Insane asylums in Bengal annual reports 1876-1887 - 1876-1887
Year: 1876
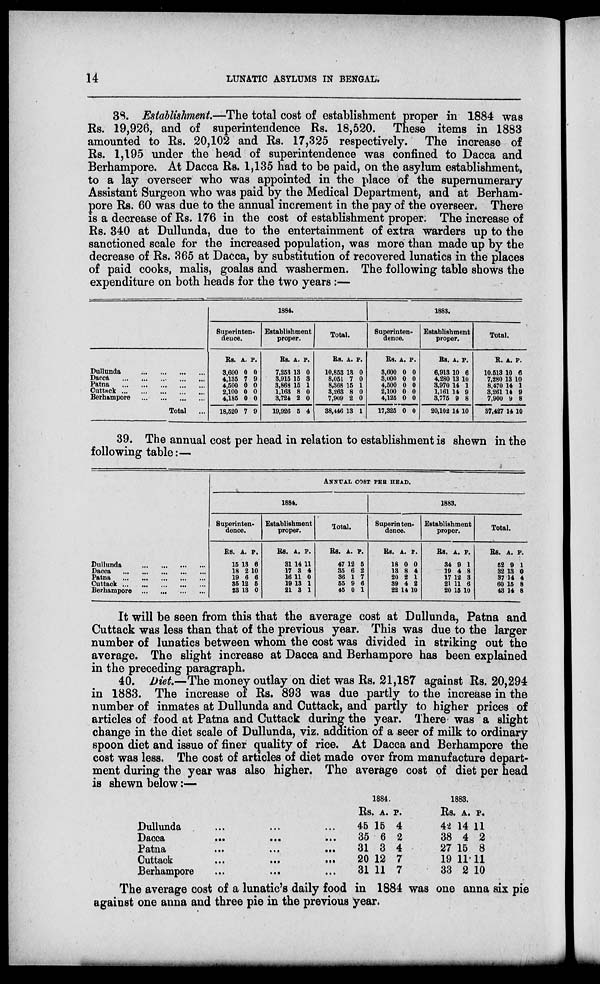
14
LUNATIC ASYLUMS IN BENGAL.
38. Establishment.—The total cost of establishment proper in 1884 was
Rs. 19,926, and of superintendence Rs. 18,520. These items in 1883
amounted to Rs. 20,102 and Rs. 17,325 respectively. The increase of
Rs. 1,195 under the head of superintendence was confined to Dacca and
Berhampore. At Dacca Rs. 1,135 had to be paid, on the asylum establishment,
to a lay overseer who was appointed in the place of the supernumerary
Assistant Surgeon who was paid by the Medical Department, and at Berham-
pore Rs. 60 was due to the annual increment in the pay of the overseer. There
is a decrease of Rs. 176 in the cost of establishment proper. The increase of
Rs. 340 at Dullunda, due to the entertainment of extra warders up to the
sanctioned scale for the increased population, was more than made up by the
decrease of Rs. 365 at Dacca, by substitution of recovered lunatics in the places
of paid cooks, malis, goalas and washermen. The following table shows the
expenditure on both heads for the two years:—
Dullunda
...
...
...
...
Dacca
...
...
...
...
...
Patna
...
...
...
...
...
Cuttack
...
...
...
...
...
Berhampore
...
...
...
...
Total ...
1884.
Superinten-
dence.
Rs.
3,600
4,135
4,500
2,100
4,185
18,520
A.
0
7
0
0
0
7
P.
0
9
0
0
0
9
Establishment
proper.
Rs.
7,253
3,915
3,868
1,163
3,724
19,926
A.
13
15
15
8
2
5
P.
0
3
1
0
0
4
Total.
Rs.
10,853
8,051
8,368
3,263
7,909
38,446
A.
13
7
15
8
2
13
P.
0
0
1
0
0
1
1883.
Superinten-
dence.
Rs.
3,600
3,000
4,500
2,100
4,125
17,325
A.
0
0
0
0
0
0
P.
0
0
0
0
0
0
Establishment
proper.
Rs.
6,913
4,280
3,970
1,161
3,775
20,102
A.
10
13
14
14
9
14
P.
6
10
1
9
8
10
Total.
R.
10,513
7,280
8,470
3,261
7,900
37,427
A.
10
13
14
14
9
14
P.
6
10
1
9
8
10
39. The annual cost per head in relation to establishment is shewn in the
following table:—
Dullunda ... ... ... ...
Dacca ... ... ... ... ...
Patna ... ... ... ... ...
Cuttack ... ... ... ... ...
Berhampore ... ... ... ...
ANNUAL COST PER HEAD.
1884.
Superinten-
dence.
Rs.
15
18
19
35
23
A.
13
2
6
12
13
P.
6
10
6
5
0
Establishment
proper.
Rs.
31
17
16
19
21
A.
14
3
11
13
3
P.
11
4
0
1
1
Total.
Rs.
47
35
36
55
45
A.
12
6
1
9
0
P.
5
2
7
6
1
1883.
Superinten-
dence.
Rs.
18
13
20
39
22
A.
0
8
2
4
14
P.
0
4
1
2
10
Establishment
proper.
Rs.
34
19
17
21
20
A.
9
4
12
11
15
P.
1
8
3
6
10
Total.
Rs.
52
32
37
60
43
A.
9
13
14
15
14
P.
1
0
4
8
8
It will be seen from this that the average cost at Dullunda, Patna and
Cuttack was less than that of the previous year. This was due to the larger
number of lunatics between whom the cost was divided in striking out the
average. The slight increase at Dacca and Berhampore has been explained
in the preceding paragraph.
40. Diet—The money outlay on diet was Rs. 21,187 against Rs. 20,294
in 1883. The increase of Rs. 893 was due partly to the increase in the
number of inmates at Dullunda and Cuttack, and partly to higher prices of
articles of food at Patna and Cuttack during the year. There was a slight
change in the diet scale of Dullunda, viz. addition of a seer of milk to ordinary
spoon diet and issue of finer quality of rice. At Dacca and Berhampore the
cost was less. The cost of articles of diet made over from manufacture depart-
ment during the year was also higher. The average cost of diet per head
is shewn below:—
Dullunda ... ... ...
Dacca ... ... ...
Patna ... ... ...
Cuttack ... ... ...
Berhampore ... ... ...
1884.
Rs.
45
35
31
20
31
A.
15
6
3
12
11
P.
4
2
4
7
7
1883.
Rs.
42
38
27
19
33
A.
14
4
15
11
2
P.
11
2
8
11
10
The average cost of a lunatic's daily food in 1884 was one anna six pie
against one anna and three pie in the previous year.